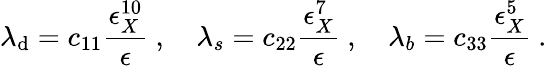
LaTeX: \lambda_{\mathrm{d}}=c_{11}\frac{{\epsilon_{X}^{10}}}{{\epsilon}}~,~~~~\lambda_{s}=c_{22}\frac{{\epsilon_{X}^{7}}}{{\epsilon}}~,~~~~\lambda_{b}=c_{33}\frac{{\epsilon_{X}^{5}}}{{\epsilon}}~.